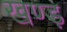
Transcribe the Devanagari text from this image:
खण्ड़